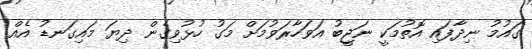
ގައުމު ނިދާފައި އޮތުމަކީ ނަޖީބު އަވަހާރަވުމަށް މަގު ހުޅުވިގެން ދިޔަ މައިގަނޑު އެއް